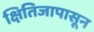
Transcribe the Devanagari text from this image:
क्षितिजापासून